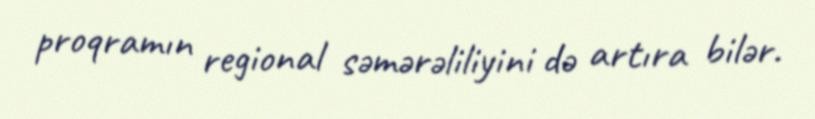
proqramın regional səmərəliliyini də artıra bilər.